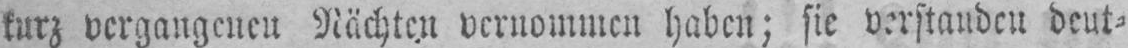
deut⸗